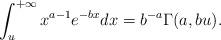
LaTeX: \begin{align*}\int_{u}^{+\infty}x^{a-1}e^{-bx}dx=b^{-a}\Gamma(a,bu).\end{align*}